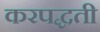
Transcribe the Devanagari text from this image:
करपद्धती